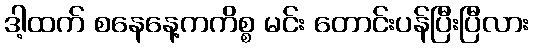
ဒါ့ထက် စနေနေ့ကကိစ္စ မင်း တောင်းပန်ပြီးပြီလား